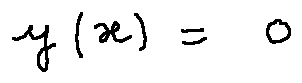
y ( x ) = 0